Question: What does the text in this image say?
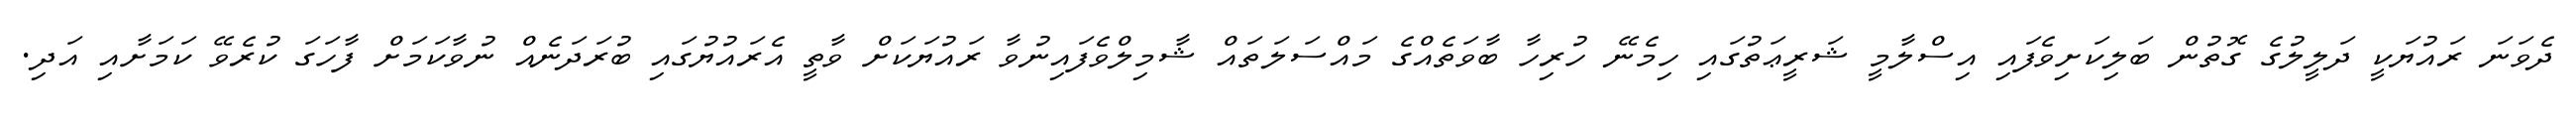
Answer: ދެވަނަ ރައުޔަކީ ދަލީލުގެ ގޮތުން ބަލިކަށިވެފައި އިސްލާމީ ޝަރީޢަތުގައި ހިމެނޭ ހުރިހާ ބާވަތެއްގެ މައްސަލަތައް ޝާމިލްވެފައިނުވާ ރައުޔަކަށް ވާތީ އެރައުޔުގައި ބުރަދަނެއް ނުވާކަމަށް ފާހަގަ ކުރެވޭ ކަމަށާއި އަދި.